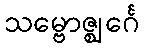
သမ္ဗောဇ္ဈင်္ဂေ